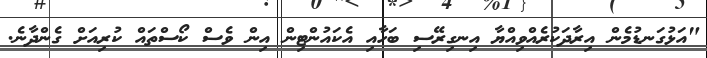
"އަޅުގަނޑުމެން އިރާދަކުރެއްވިއްޔާ އިނގިރޭސި ބަހާއި އެކައުންޓިން އިން ވެސް ކޯސްތައް ކުރިއަށް ގެންދާނެ.